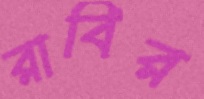
রাবির